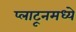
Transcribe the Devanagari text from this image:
प्लाटूनमध्ये